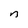
Character: n